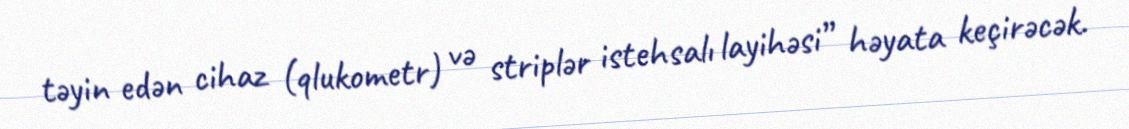
təyin edən cihaz (qlukometr) və striplər istehsalı layihəsi” həyata keçirəcək.